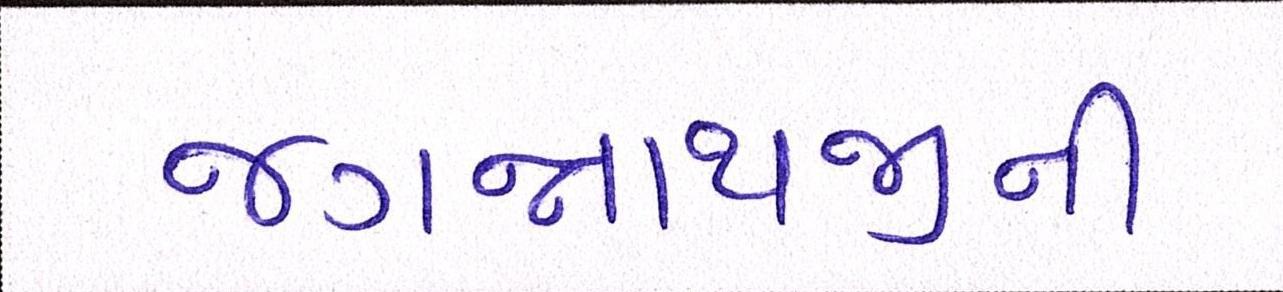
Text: જગન્નાથજીની